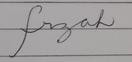
Signature authenticity: forged